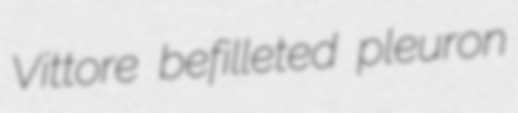
Vittore befilleted pleuron